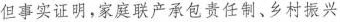
但事实证明，家庭联产承包责任制、乡村振兴